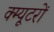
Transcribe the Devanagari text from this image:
क्म्यूटरों